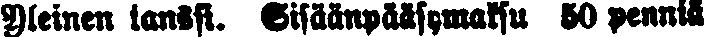
Yleinen tanssi. Sisäänpääsymaksu 50 penniä